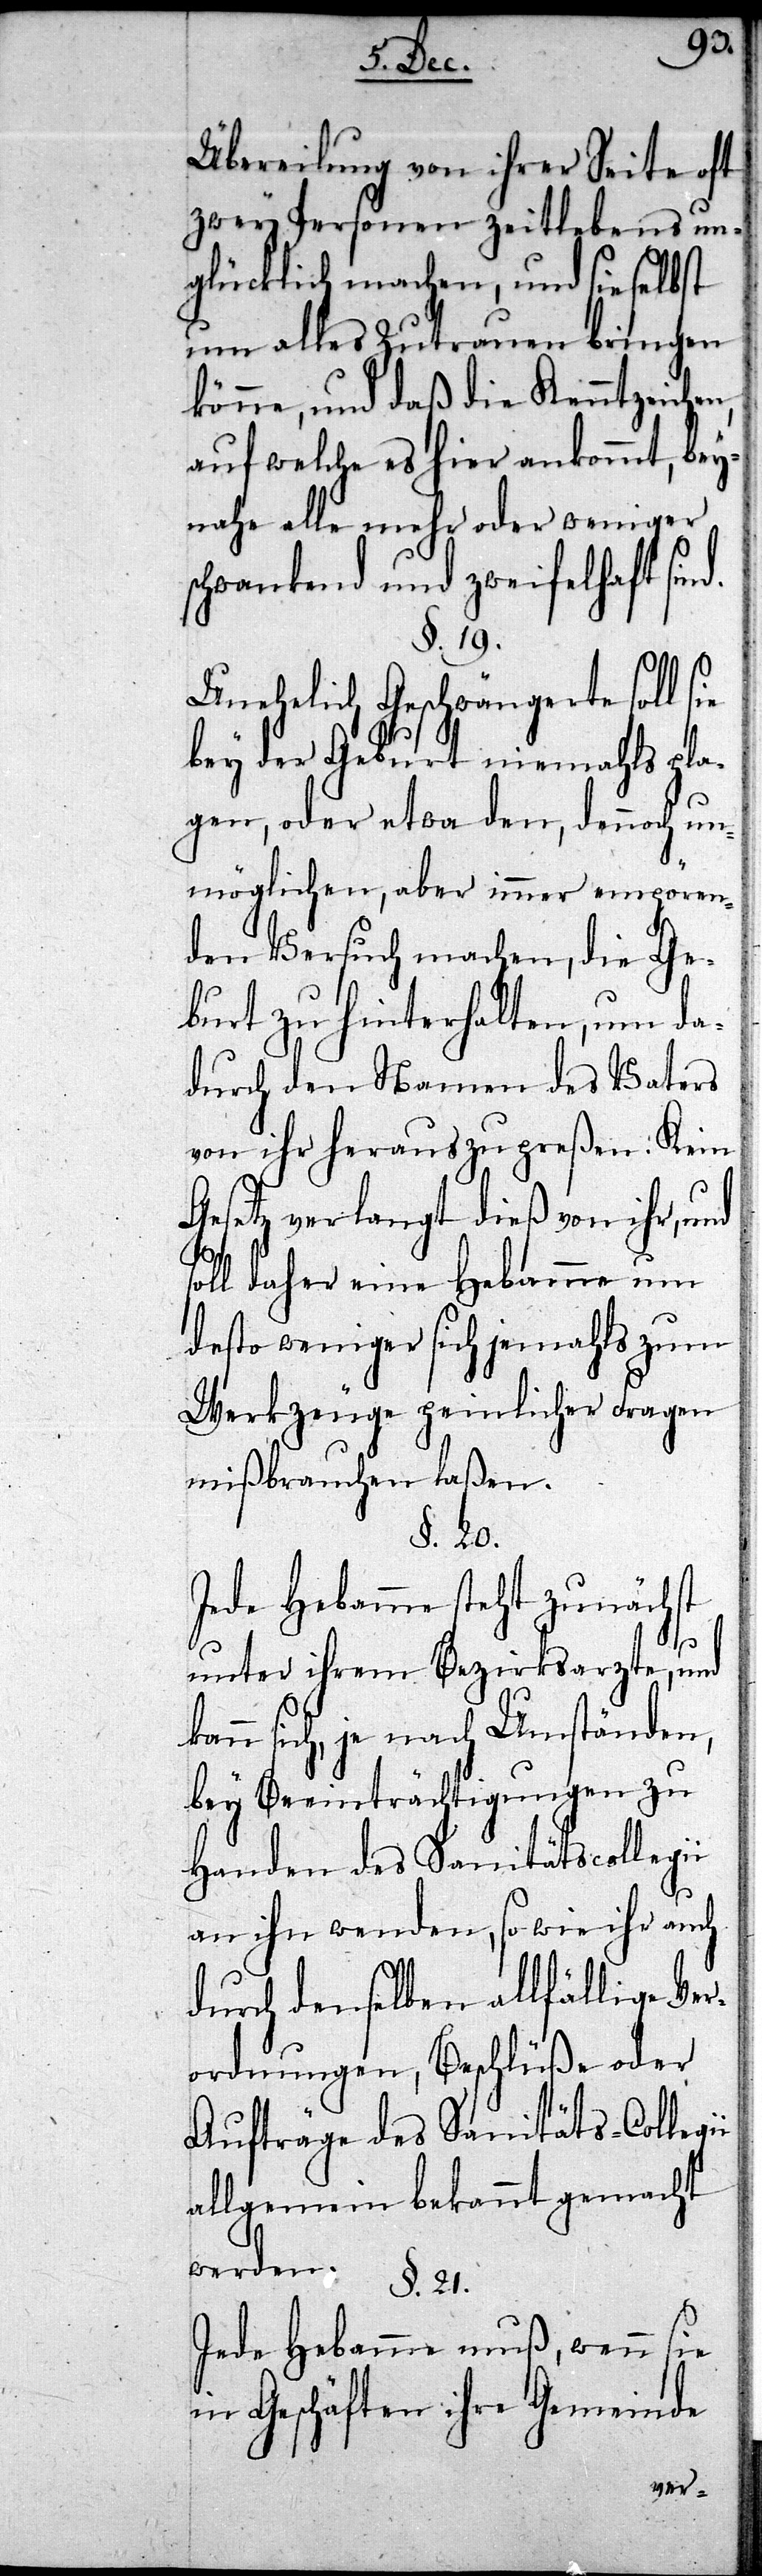
ii
Übereilung von ihrer Seite oft
zwey Personen zeitlebens un¬
glücklich machen, und sie selbst
um alles Zutrauen bringen
könne, und daß die Kenntzeichen,
auf welche es hier ankommt, bey¬
nahe alle mehr oder weniger
schwankend und zweifelhaft sin¬
§. 19.
Unehelich Geschwängerte soll
bey der Geburt niemahls pla¬
gen, oder etwa den, dennoch un¬
möglichen, aber immer empören¬
den Versuch machen, die Ge¬
burt zu hinterhalten, um da¬
durch den Namen des Vaters
von ihr heraus zu preßen. Kein
Gesetz verlangt dieß von ihr,
oll daher eine Hebamme um
desto weniger sich jemahls zum
Werkzeuge peinlicher Fragen
mißbrauchen laßen.
§. 20.
Jede Hebamme steht zunäch¬
unter ihrem Bezirksarzte, und
kann sich, je nach Umständen,
bey Beeinträchtigungen zu
Handen des Sanitätscollegii
an ihn wenden, so wie ihr auch
durch denselben allfällige Ve¬
rordnungen, Beschlüße oder
Aufträge des Sanitäts-Colleg¬
allgemein bekannt gemacht
werden.
§. 21.
Jede Hebamme muß, wenn sie
in Geschäften ihre Gemeinde